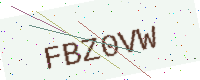
Text: FBZ0VW